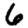
Digit: 6